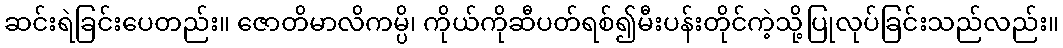
ဆင်းရဲခြင်းပေတည်း။ ဇောတိမာလိကမ္ပိ၊ ကိုယ်ကိုဆီပတ်ရစ်၍မီးပန်းတိုင်ကဲ့သို့ပြုလုပ်ခြင်းသည်လည်း။